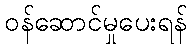
ဝန်ဆောင်မှုပေးရန်